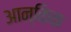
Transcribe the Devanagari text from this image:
आन्किक